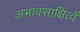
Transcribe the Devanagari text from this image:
अभावसाक्षित्वें